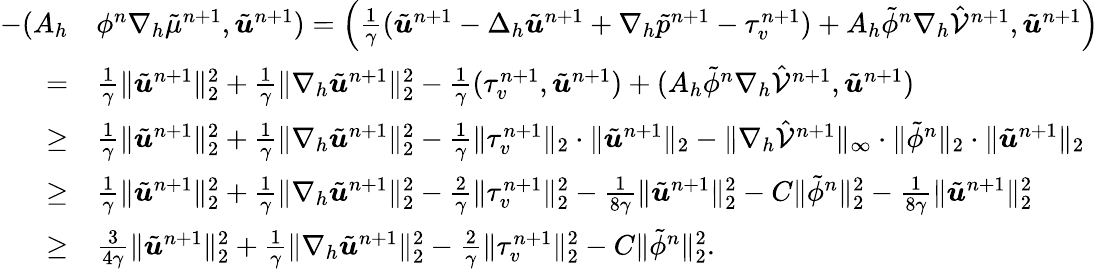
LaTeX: \begin{array}{rl}{-(A_{h}}&{\phi^{n}\nabla_{h}\tilde{\mu}^{n+1},\tilde{\boldsymbol{u}}^{n+1})=\left(\frac{1}{\gamma}(\tilde{\boldsymbol{u}}^{n+1}-\Delta_{h}\tilde{\boldsymbol{u}}^{n+1}+\nabla_{h}\tilde{p}^{n+1}-\tau_{v}^{n+1})+A_{h}\tilde{\phi}^{n}\nabla_{h}\hat{\mathcal{V}}^{n+1},\tilde{\boldsymbol{u}}^{n+1}\right)}\\ {=}&{\frac{1}{\gamma}\| \tilde{\boldsymbol{u}}^{n+1}\| _{2}^{2}+\frac{1}{\gamma}\| \nabla_{h}\tilde{\boldsymbol{u}}^{n+1}\| _{2}^{2}-\frac{1}{\gamma}(\tau_{v}^{n+1},\tilde{\boldsymbol{u}}^{n+1})+(A_{h}\tilde{\phi}^{n}\nabla_{h}\hat{\mathcal{V}}^{n+1},\tilde{\boldsymbol{u}}^{n+1})}\\ {\geq}&{\frac{1}{\gamma}\| \tilde{\boldsymbol{u}}^{n+1}\| _{2}^{2}+\frac{1}{\gamma}\| \nabla_{h}\tilde{\boldsymbol{u}}^{n+1}\| _{2}^{2}-\frac{1}{\gamma}\| \tau_{v}^{n+1}\| _{2}\cdot\| \tilde{\boldsymbol{u}}^{n+1}\| _{2}-\| \nabla_{h}\hat{\mathcal{V}}^{n+1}\| _{\infty}\cdot\| \tilde{\phi}^{n}\| _{2}\cdot\| \tilde{\boldsymbol{u}}^{n+1}\| _{2}}\\ {\geq}&{\frac{1}{\gamma}\| \tilde{\boldsymbol{u}}^{n+1}\| _{2}^{2}+\frac{1}{\gamma}\| \nabla_{h}\tilde{\boldsymbol{u}}^{n+1}\| _{2}^{2}-\frac{2}{\gamma}\| \tau_{v}^{n+1}\| _{2}^{2}-\frac{1}{8\gamma}\| \tilde{\boldsymbol{u}}^{n+1}\| _{2}^{2}-C\| \tilde{\phi}^{n}\| _{2}^{2}-\frac{1}{8\gamma}\| \tilde{\boldsymbol{u}}^{n+1}\| _{2}^{2}}\\ {\geq}&{\frac{3}{4\gamma}\| \tilde{\boldsymbol{u}}^{n+1}\| _{2}^{2}+\frac{1}{\gamma}\| \nabla_{h}\tilde{\boldsymbol{u}}^{n+1}\| _{2}^{2}-\frac{2}{\gamma}\| \tau_{v}^{n+1}\| _{2}^{2}-C\| \tilde{\phi}^{n}\| _{2}^{2}.}\end{array}